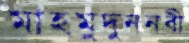
মাহমুদুননবী